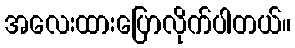
အလေးထားပြောလိုက်ပါတယ်။